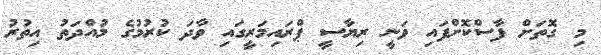
މި ގޮތަށް ފާސްކޮށްފައި ވަނީ ރިޔާސީ ޕްރައިމަރީގައި ވާދަ ކުރުމުގެ މުއްދަތު އިތުރު